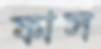
ফাস